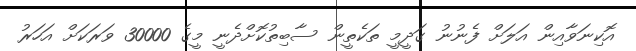
އޮކިނަވާއިން އަލަށް ފެނުނު ގަދީމީ ތަކެތީން ސާބިތުކޮށްދެނީ މީގެ 30000 ވަރަކަށް އަހަރު